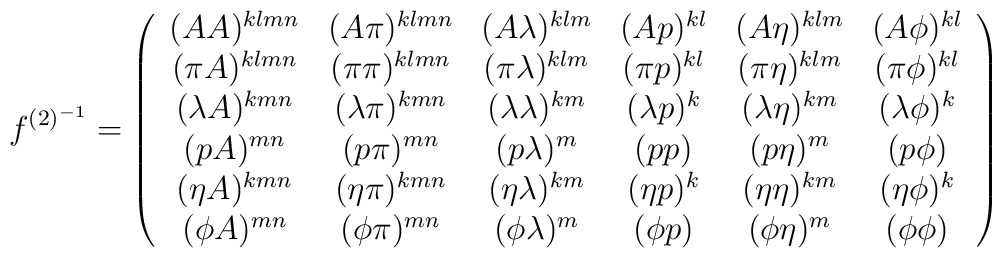
f^{(2)^{-1}}=\left(\begin{array}{cccccc}(AA)^{klmn}&(A\pi)^{klmn}&(A\lambda)^{klm}&(Ap)^{kl}&(A\eta)^{klm}&(A\phi)^{kl}\\(\pi A)^{klmn}&(\pi\pi)^{klmn}&(\pi\lambda)^{klm}&(\pi p)^{kl}&(\pi\eta)^{klm}&(\pi\phi)^{kl}\\(\lambda A)^{kmn}&(\lambda\pi)^{kmn}&(\lambda\lambda)^{km}&(\lambda p)^k&(\lambda\eta)^{km}&(\lambda\phi)^k\\(pA)^{mn}&(p\pi)^{mn}&(p\lambda)^m&(pp)&(p\eta)^m&(p\phi)\\(\eta A)^{kmn}&(\eta\pi)^{kmn}&(\eta\lambda)^{km}&(\eta p)^k&(\eta\eta)^{km}&(\eta\phi)^k\\(\phi A)^{mn}&(\phi\pi)^{mn}&(\phi\lambda)^m&(\phi p)&(\phi\eta)^m&(\phi\phi)\\\end{array}\right)